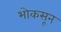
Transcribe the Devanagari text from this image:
भोकसून